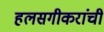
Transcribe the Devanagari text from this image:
हलसगीकरांची